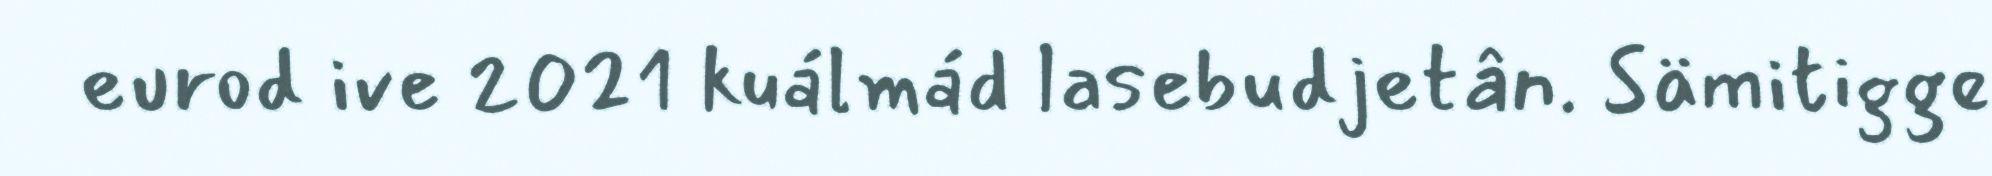
eurod ive 2021 kuálmád lasebudjetân. Sämitigge